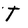
Character: T